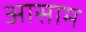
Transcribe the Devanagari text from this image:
अासाम